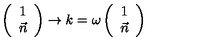
\left( \begin{array} { c } { 1 } \\ { \vec { n } } \\ \end{array} \right) \rightarrow k = \omega \left( \begin{array} { c } { 1 } \\ { \vec { n } } \\ \end{array} \right)